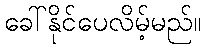
ခေါ်နိုင်ပေလိမ့်မည်။